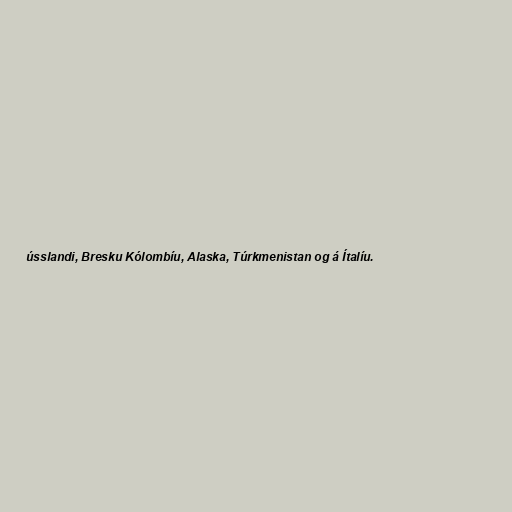
ússlandi, Bresku Kólombíu, Alaska, Túrkmenistan og á Ítalíu.